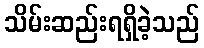
သိမ်းဆည်းရရှိခဲ့သည်